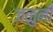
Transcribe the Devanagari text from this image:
जळुनी